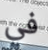
في